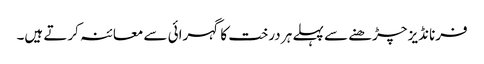
فرنانڈیز چڑھنے سے پہلے ہر درخت کا گہرائی سے معائنہ کرتے ہیں۔